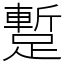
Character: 蹔